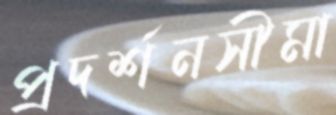
প্রদর্শনসীমা